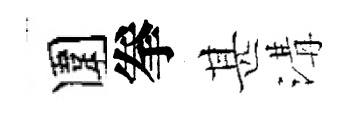
圍拳甚溝